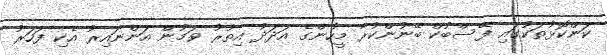
ކަންކޮޅުތަކުގައި ފޭސްބުކް ބޭނުންކުރާ މީހުންގެ އަދަދު އިތުރު ވަމުން އަންނައިރު އެކި ފަހަރު